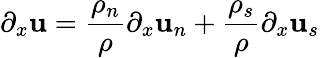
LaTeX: \partial_{x}\mathbf{u}=\frac{{\rho_{n}}}{{\rho}}\partial_{x}\mathbf{u}_{n}+\frac{{\rho_{s}}}{{\rho}}\partial_{x}\mathbf{u}_{s}